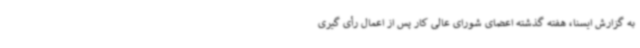
به گزارش ایسنا، هفته گذشته اعضای شورای عالی کار پس از اعمال رأی گیری